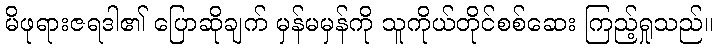
မိဖုရားဇရဒါ၏ ပြောဆိုချက် မှန်မမှန်ကို သူကိုယ်တိုင်စစ်ဆေး ကြည့်ရှုသည်။